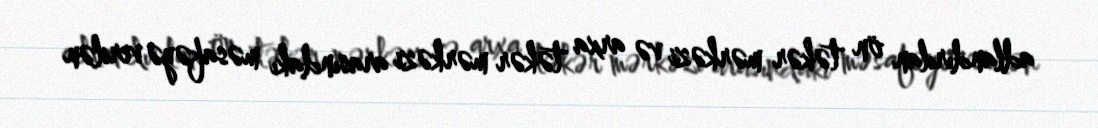
adlandırılan ön təkər mərkəzi və arxa təkər mərkəzi arasındakı məsafəyə verilən